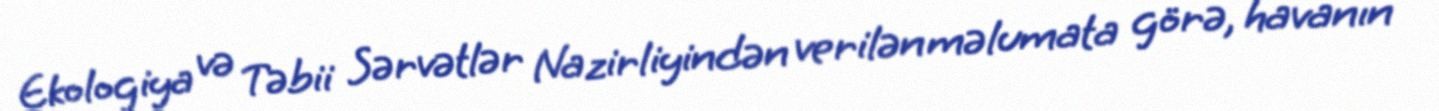
Ekologiya və Təbii Sərvətlər Nazirliyindən verilən məlumata görə, havanın